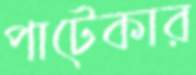
পাটেকার